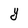
Character: Y